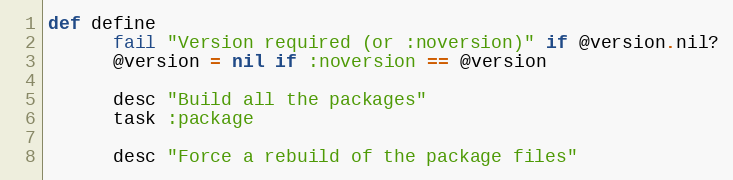
Language: Ruby
def define
      fail "Version required (or :noversion)" if @version.nil?
      @version = nil if :noversion == @version

      desc "Build all the packages"
      task :package

      desc "Force a rebuild of the package files"